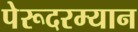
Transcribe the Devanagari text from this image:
पेरूदरम्यान